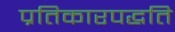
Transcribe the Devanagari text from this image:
प्रतिकारपद्धति